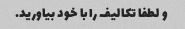
و لطفا تکالیف را با خود بیاورید.